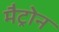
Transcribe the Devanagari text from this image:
मैट्रोन